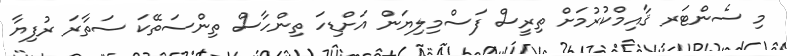
މި ސެންޓަރ ޤާއިމްކުރުމަށް ތިރީސް ފަސްމިލިޔަން އަށްޑިހަ ތިންހާސް ތިންސަތޭކަ ސަތާރަ ރުފިޔާ